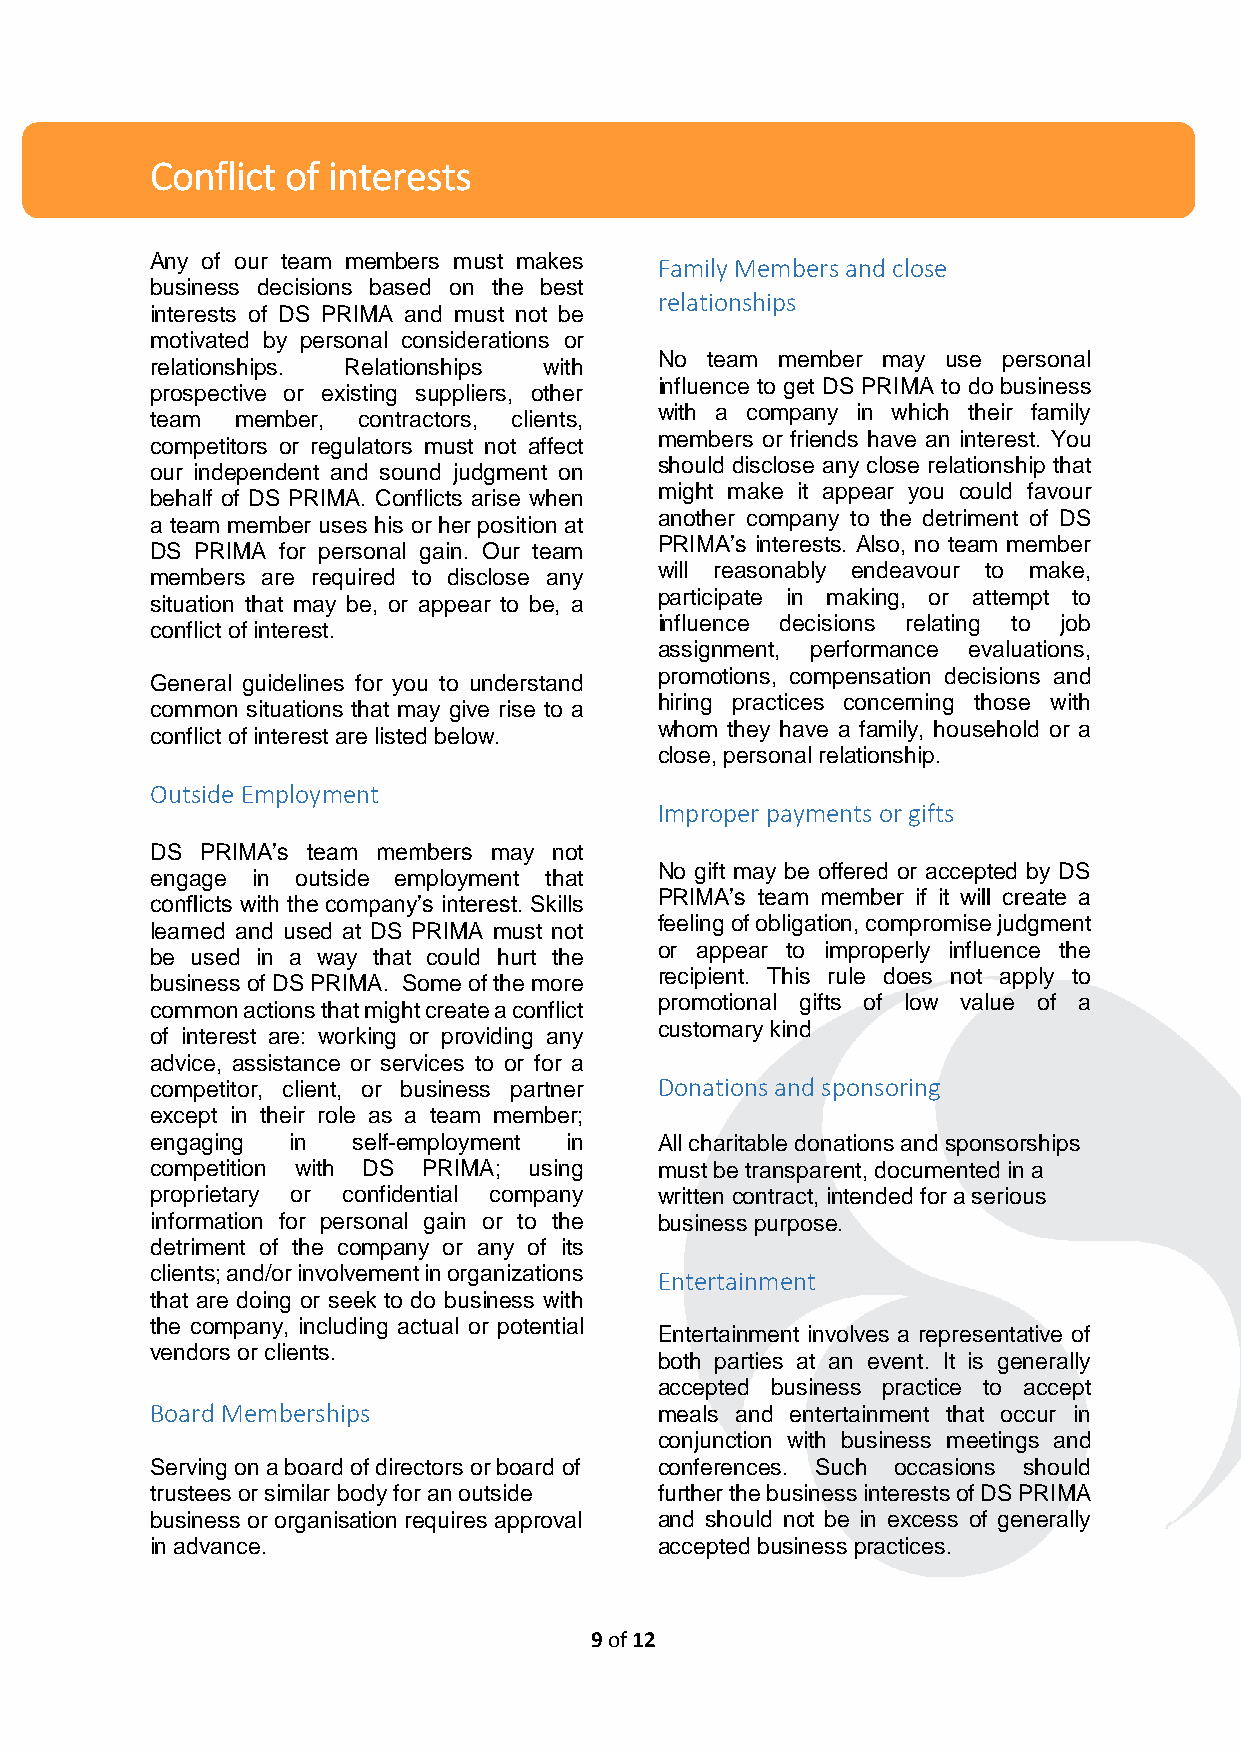
Conflict of interests
 Any of our team members must makes
 Family Members and close
 business decisions based on the best
 relationships
 interests of DS PRIMA and must not be
 motivated by personal considerations or
 No team member may use personal
 relationships. Relationships with
 influence to get DS PRIMA to do business
 prospective or existing suppliers, other
 with a company in which their family
 team  member, contractors, clients,
 members or friends have an interest. You
 competitors or regulators must not affect
 should disclose any close relationship that
 our independent and sound judgment on
 might make it appear you could favour
 behalf of DS PRIMA. Conflicts arise when
 another company to the detriment of DS
 a team member uses his or her position at
 PRIMA’s interests. Also, no team member
 DS PRIMA for personal gain. Our team
 will reasonably endeavour to make,
 members are required to disclose any
 participate in making, or attempt to
 situation that may be, or appear to be, a
 influence decisions relating to job
 conflict of interest.
 assignment, performance evaluations,
 promotions, compensation decisions and
 General guidelines for you to understand
 hiring practices concerning those with
 common situations that may give rise to a
 whom they have a family, household or a
 conflict of interest are listed below.
 close, personal relationship.
 Outside Employment
 Improper payments or gifts
 DS PRIMA’s team members may not
 No gift may be offered or accepted by DS
 engage in outside employment that
 PRIMA’s team member if it will create a
 conflicts with the company’s interest. Skills
 feeling of obligation, compromise judgment
 learned and used at DS PRIMA must not
 or appear to improperly influence the
 be used in a way that could hurt the
 recipient. This rule does not apply to
 business of DS PRIMA. Some of the more
 promotional gifts of low value of a
 common actions that might create a conflict
 customary kind
 of interest are: working or providing any
 advice, assistance or services to or for a
 competitor, client, or business partner Donations and sponsoring
 except in their role as a team member;
 engaging in  self-employment in   All charitable donations and sponsorships
 competition with DS PRIMA; using  must be transparent, documented in a
 proprietary or confidential company written contract, intended for a serious
 information for personal gain or to the business purpose.
 detriment of the company or any of its
 clients; and/or involvement in organizations Entertainment
 that are doing or seek to do business with
 the company, including actual or potential
 Entertainment involves a representative of
 vendors or clients.
 both parties at an event. It is generally
 accepted business practice to accept
 Board Memberships                 meals and entertainment that occur in
 conjunction with business meetings and
 Serving on a board of directors or board of conferences. Such occasions should
 trustees or similar body for an outside further the business interests of DS PRIMA
 business or organisation requires approval and should not be in excess of generally
 in advance.                       accepted business practices.
 9 of 12